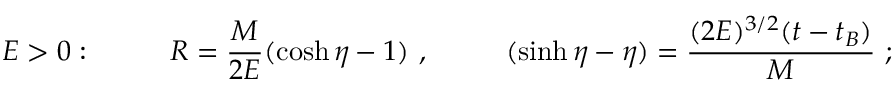
E > 0 : ~ ~ ~ ~ ~ ~ ~ ~ R = { \frac { M } { 2 E } } ( \cosh \eta - 1 ) ~ , ~ ~ ~ ~ ~ ~ ~ ~ ( \sinh \eta - \eta ) = { \frac { ( 2 E ) ^ { 3 / 2 } ( t - t _ { B } ) } { M } } ~ ;